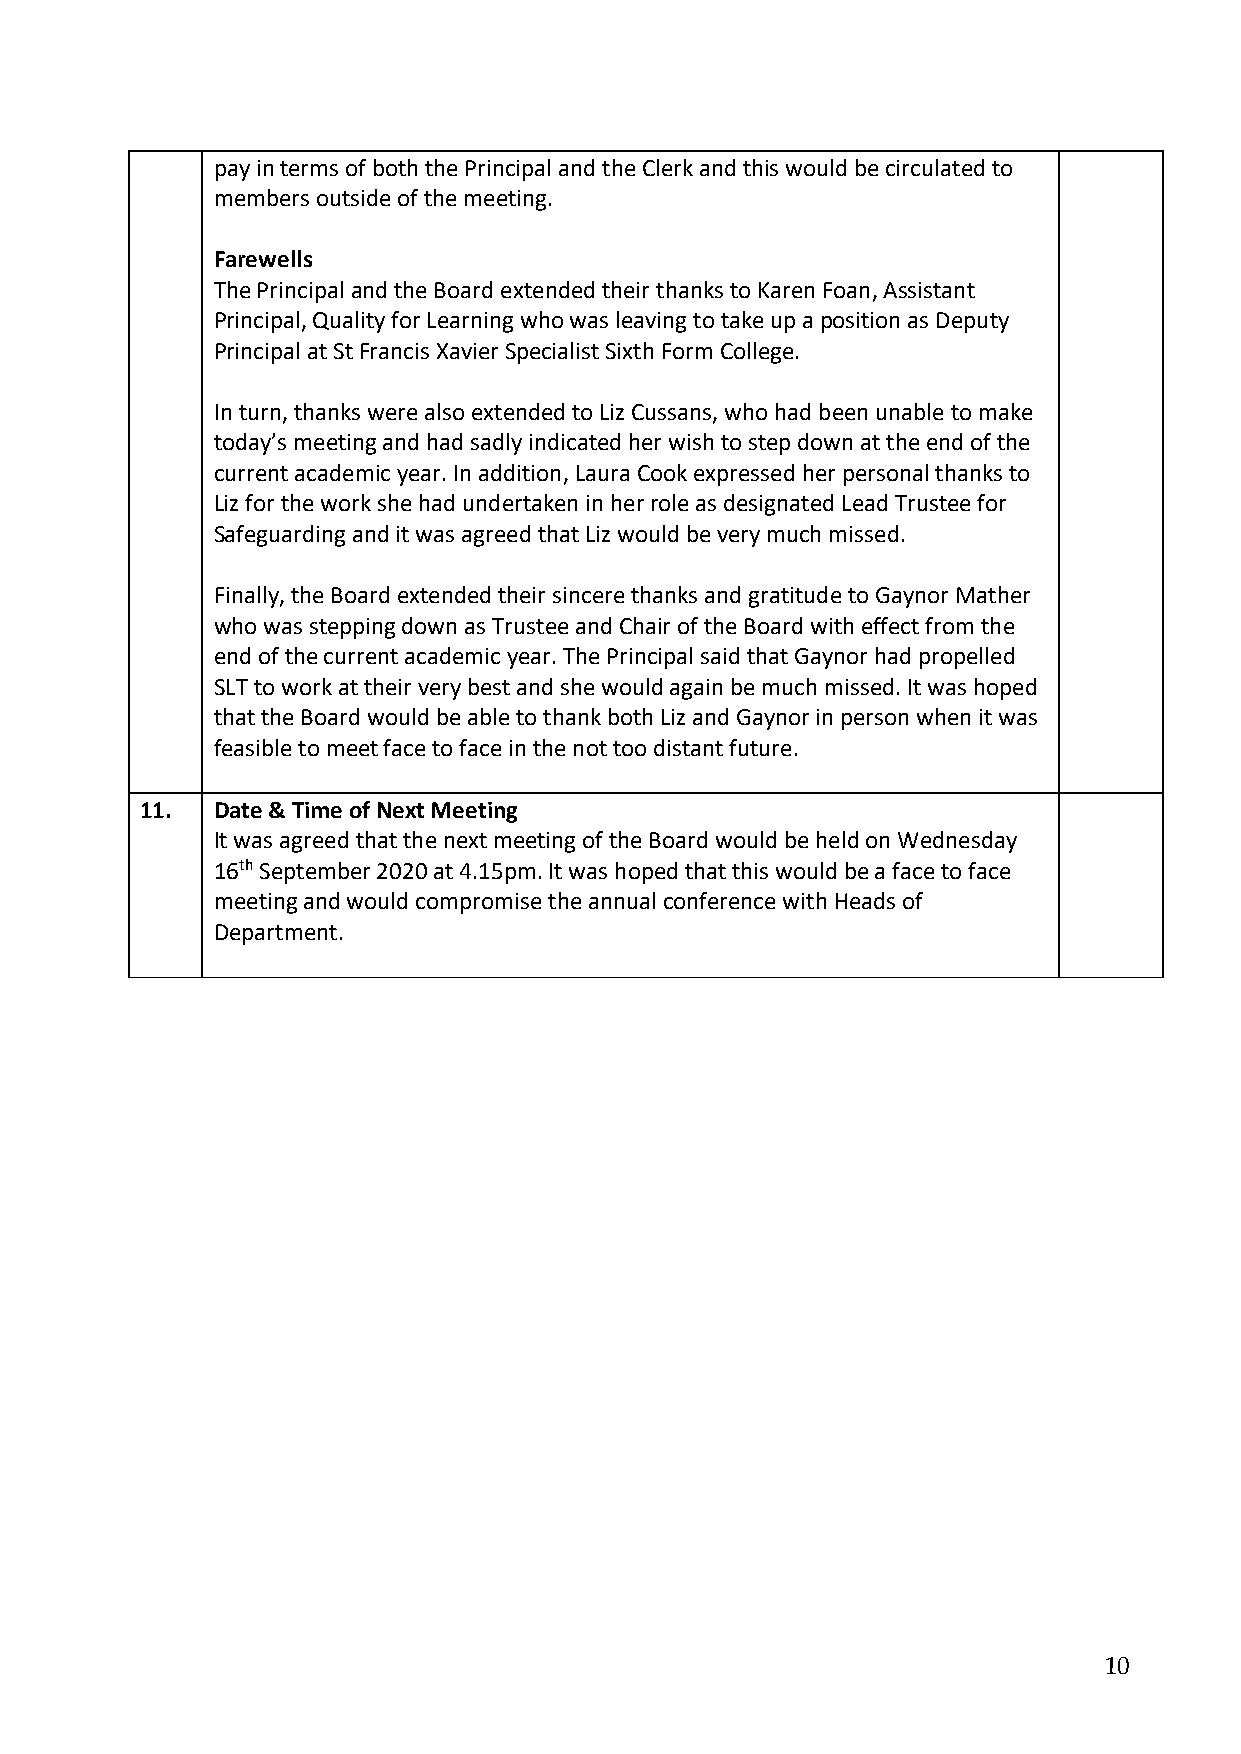
pay in terms of both the Principal and the Clerk and this would be circulated to
 members outside of the meeting.
 Farewells
 The Principal and the Board extended their thanks to Karen Foan, Assistant
 Principal, Quality for Learning who was leaving to take up a position as Deputy
 Principal at St Francis Xavier Specialist Sixth Form College.
 In turn, thanks were also extended to Liz Cussans, who had been unable to make
 today’s meeting and had sadly indicated her wish to step down at the end of the
 current academic year. In addition, Laura Cook expressed her personal thanks to
 Liz for the work she had undertaken in her role as designated Lead Trustee for
 Safeguarding and it was agreed that Liz would be very much missed.
 Finally, the Board extended their sincere thanks and gratitude to Gaynor Mather
 who was stepping down as Trustee and Chair of the Board with effect from the
 end of the current academic year. The Principal said that Gaynor had propelled
 SLT to work at their very best and she would again be much missed. It was hoped
 that the Board would be able to thank both Liz and Gaynor in person when it was
 feasible to meet face to face in the not too distant future.
 11.  Date & Time of Next Meeting
 It was agreed that the next meeting of the Board would be held on Wednesday
 16th September 2020 at 4.15pm. It was hoped that this would be a face to face
 meeting and would compromise the annual conference with Heads of
 Department.
 10